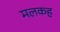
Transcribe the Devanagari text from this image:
मलकह